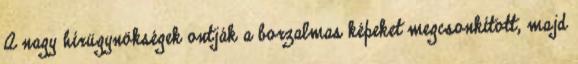
A nagy hírügynökségek ontják a borzalmas képeket megcsonkított, majd